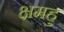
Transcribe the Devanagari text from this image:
क्षमहु